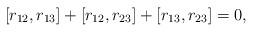
LaTeX: \begin{align*}[r_{12},r_{13}]+[r_{12},r_{23}]+[r_{13},r_{23}]= 0,\end{align*}